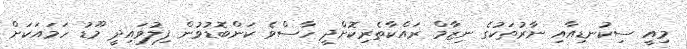
މިއީ ސިކުނޑިއާއި ނާރުތަކުގެ ނިޒާމް ރައްކާތެރިކޮށްދީ ހާސްވެ ކަންބޮޑުވުން ފިލުވައިދީ މޫޑު ހަމައަކަށް